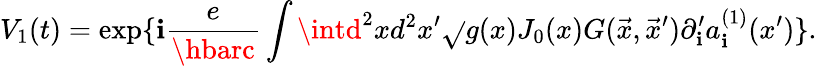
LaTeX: V_{1}(t)=\exp\{ \mathbf{i}{\frac{{e}}{{\hbarc}}}\int\intd^{2}xd^{2}x^{\prime}\sqrt{}{{g(x)}}J_{0}(x)G(\vec{{x}},\vec{{x}}^{\prime})\partial_{\mathbf{i}}^{\prime}a_{\mathbf{i}}^{(1)}(x^{\prime})\} .